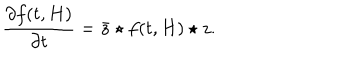
LaTeX: \frac { \partial f ( t , H ) } { \partial t } = { \bar { z } } \star f ( t , H ) \star z .